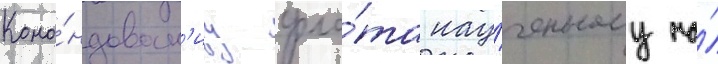
Кома́ндован'иу фло́та нау́ченному на́